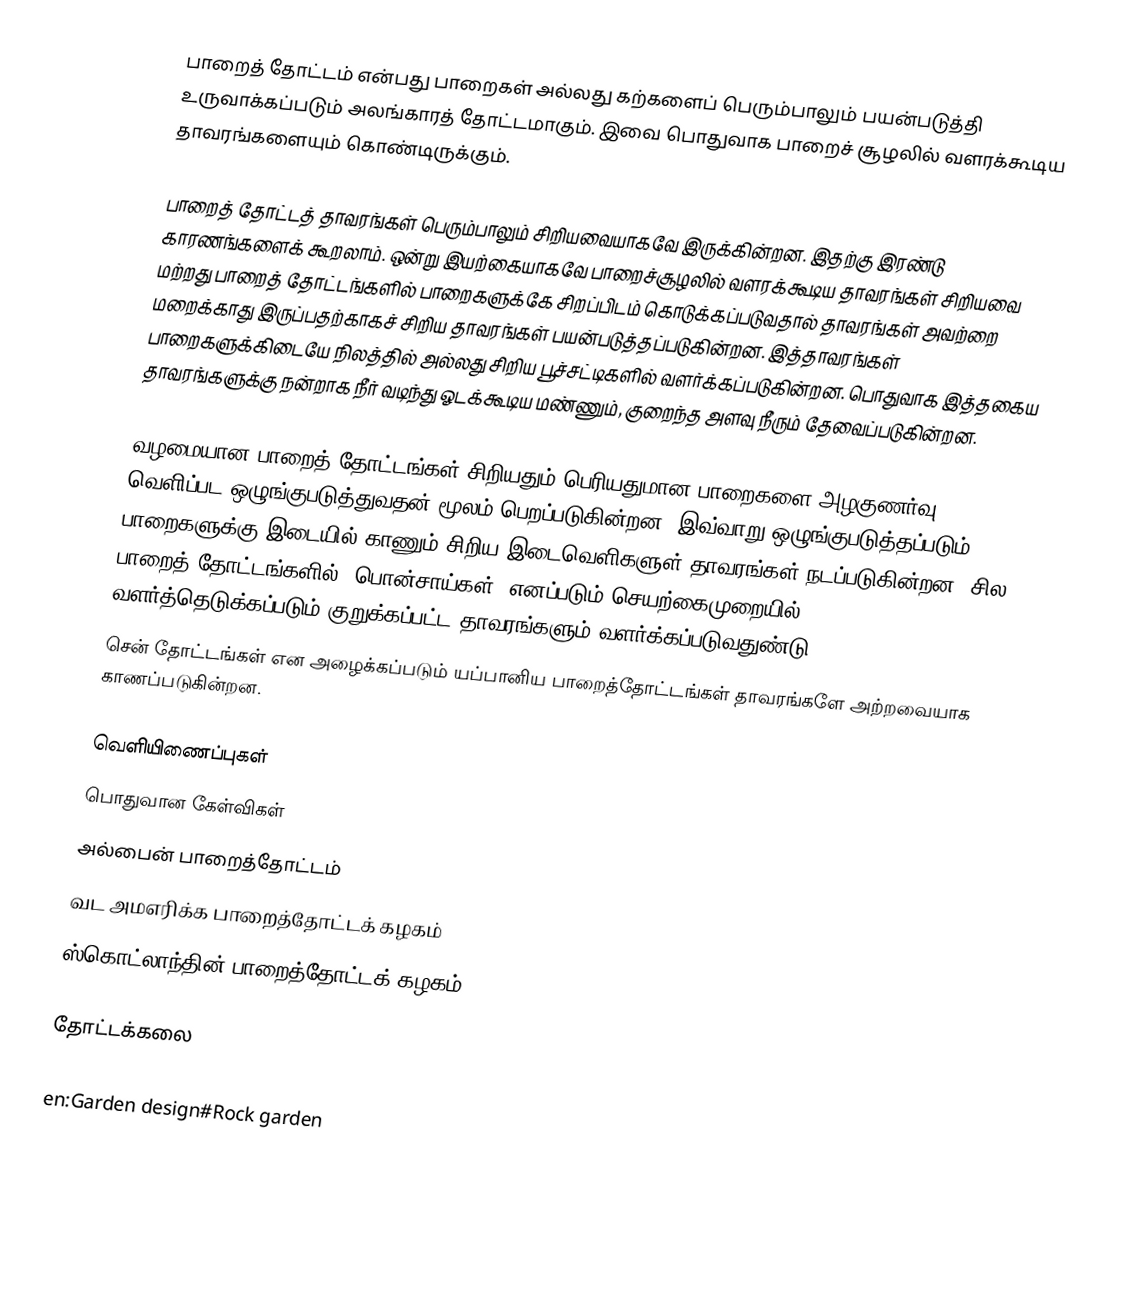
பாறைத் தோட்டம் என்பது பாறைகள் அல்லது கற்களைப் பெரும்பாலும் பயன்படுத்தி உருவாக்கப்படும் அலங்காரத் தோட்டமாகும். இவை பொதுவாக பாறைச் சூழலில் வளரக்கூடிய தாவரங்களையும் கொண்டிருக்கும்.

பாறைத் தோட்டத் தாவரங்கள் பெரும்பாலும் சிறியவையாகவே இருக்கின்றன. இதற்கு இரண்டு காரணங்களைக் கூறலாம். ஒன்று இயற்கையாகவே பாறைச்சூழலில் வளரக்கூடிய தாவரங்கள் சிறியவை மற்றது பாறைத் தோட்டங்களில் பாறைகளுக்கே சிறப்பிடம் கொடுக்கப்படுவதால் தாவரங்கள் அவற்றை மறைக்காது இருப்பதற்காகச் சிறிய தாவரங்கள் பயன்படுத்தப்படுகின்றன. இத்தாவரங்கள் பாறைகளுக்கிடையே நிலத்தில் அல்லது சிறிய பூச்சட்டிகளில் வளர்க்கப்படுகின்றன. பொதுவாக இத்தகைய தாவரங்களுக்கு நன்றாக நீர் வடிந்து ஓடக்கூடிய மண்ணும், குறைந்த அளவு நீரும் தேவைப்படுகின்றன.

வழமையான பாறைத் தோட்டங்கள் சிறியதும் பெரியதுமான பாறைகளை அழகுணர்வு வெளிப்பட ஒழுங்குபடுத்துவதன் மூலம் பெறப்படுகின்றன. இவ்வாறு ஒழுங்குபடுத்தப்படும் பாறைகளுக்கு இடையில் காணும் சிறிய இடைவெளிகளுள் தாவரங்கள் நடப்படுகின்றன. சில பாறைத் தோட்டங்களில் "பொன்சாய்கள்" எனப்படும் செயற்கைமுறையில் வளர்த்தெடுக்கப்படும் குறுக்கப்பட்ட தாவரங்களும் வளர்க்கப்படுவதுண்டு.
சென் தோட்டங்கள் என அழைக்கப்படும் யப்பானிய பாறைத்தோட்டங்கள் தாவரங்களே அற்றவையாக காணப்படுகின்றன.

வெளியிணைப்புகள்
 பொதுவான கேள்விகள்
 அல்பைன் பாறைத்தோட்டம்
 வட அமஎரிக்க பாறைத்தோட்டக் கழகம்
 ஸ்கொட்லாந்தின் பாறைத்தோட்டக் கழகம்

தோட்டக்கலை

en:Garden design#Rock garden